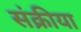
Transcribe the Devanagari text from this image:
संक्रीया